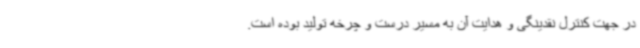
در جهت کنترل نقدینگی و هدایت آن به مسیر درست و چرخه تولید بوده است.